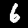
Label: 6